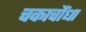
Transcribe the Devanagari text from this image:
चकाचौंधा